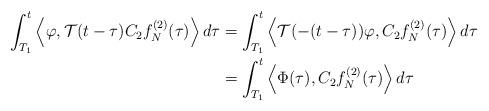
LaTeX: \begin{align*}\begin{aligned}\int_{T_1}^t \left< \varphi,\mathcal{T} (t-\tau) C_2 f_N^{(2)} (\tau) \right> d\tau& = \int_{T_1}^t \left< \mathcal{T} (-(t-\tau)) \varphi,C_2 f_N^{(2)} (\tau) \right> d\tau \\& = \int_{T_1}^t \left<\Phi (\tau),C_2 f_N^{(2)} (\tau) \right> d\tau\end{aligned}\end{align*}